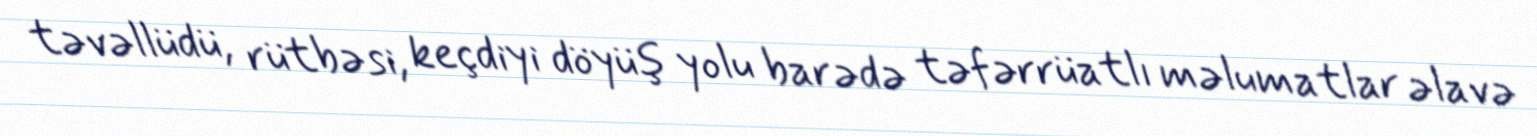
təvəllüdü, rütbəsi, keçdiyi döyüş yolu barədə təfərrüatlı məlumatlar əlavə